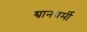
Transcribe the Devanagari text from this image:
श्वानचर्मी